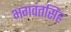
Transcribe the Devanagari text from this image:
भगवंतसिंह